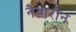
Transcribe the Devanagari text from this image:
नैवारोन